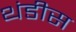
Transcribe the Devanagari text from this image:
थंडीस